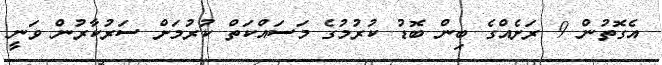
އެގޮތުން 9 ރަށެއްގެ ބިން ބޮޑު ކުރުމުގެ މަސައްކަތް ކުރުމަށް ސަރުކާރުން ވަނީ